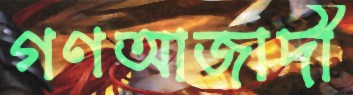
গণআজাদী